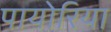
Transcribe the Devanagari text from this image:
पायोरिया